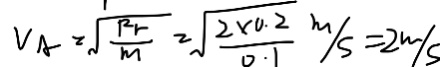
v _ { A } = \sqrt { \frac { R r } { m } } = \sqrt { \frac { 2 \times 0 . 2 } { 0 . 1 } m / s } = 2 m / s